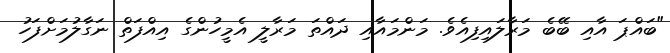
"ބައްޕަ އާއި ބޭބެ މަރާލައިފިއެވެ. މަންމައާއި ދައްތަ މަރާލީ އެމީހުންގެ އިއްފަތް ނަގާލުމަށްފަހު